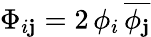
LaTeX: \Phi_{i\mathbf{j}}=2\, \phi_{i}\, {\overline{{{\phi_{\mathbf{j}}}}}}